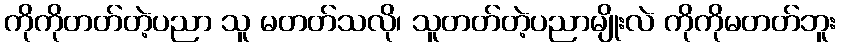
ကိုကိုတတ်တဲ့ပညာ သူ မတတ်သလို၊ သူတတ်တဲ့ပညာမျိုးလဲ ကိုကိုမတတ်ဘူး